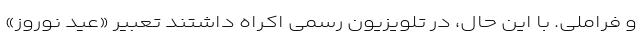
و فراملی. با این حال، در تلویزیون رسمی اکراه داشتند تعبیر «عید نوروز»